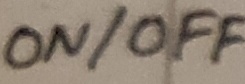
Text: ON/OFF